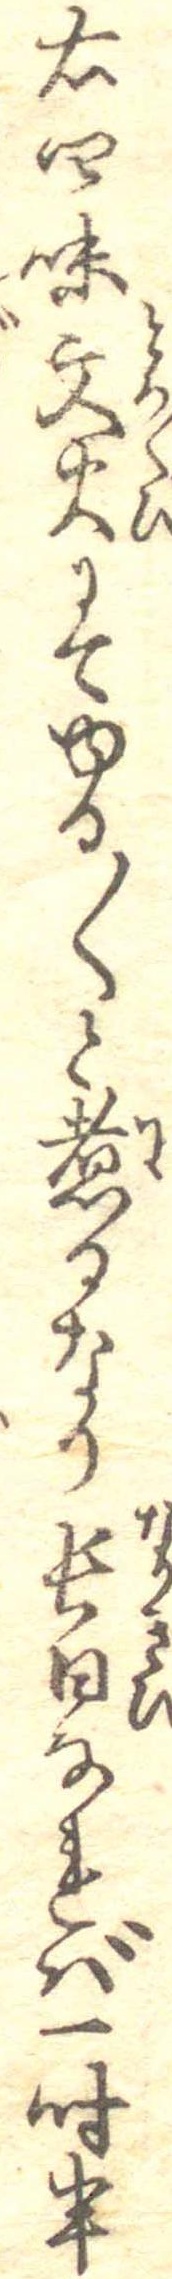
右四味文火にてゆる〱と煮るなり長日なれば一時半